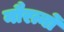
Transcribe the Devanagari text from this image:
नौरत्नों